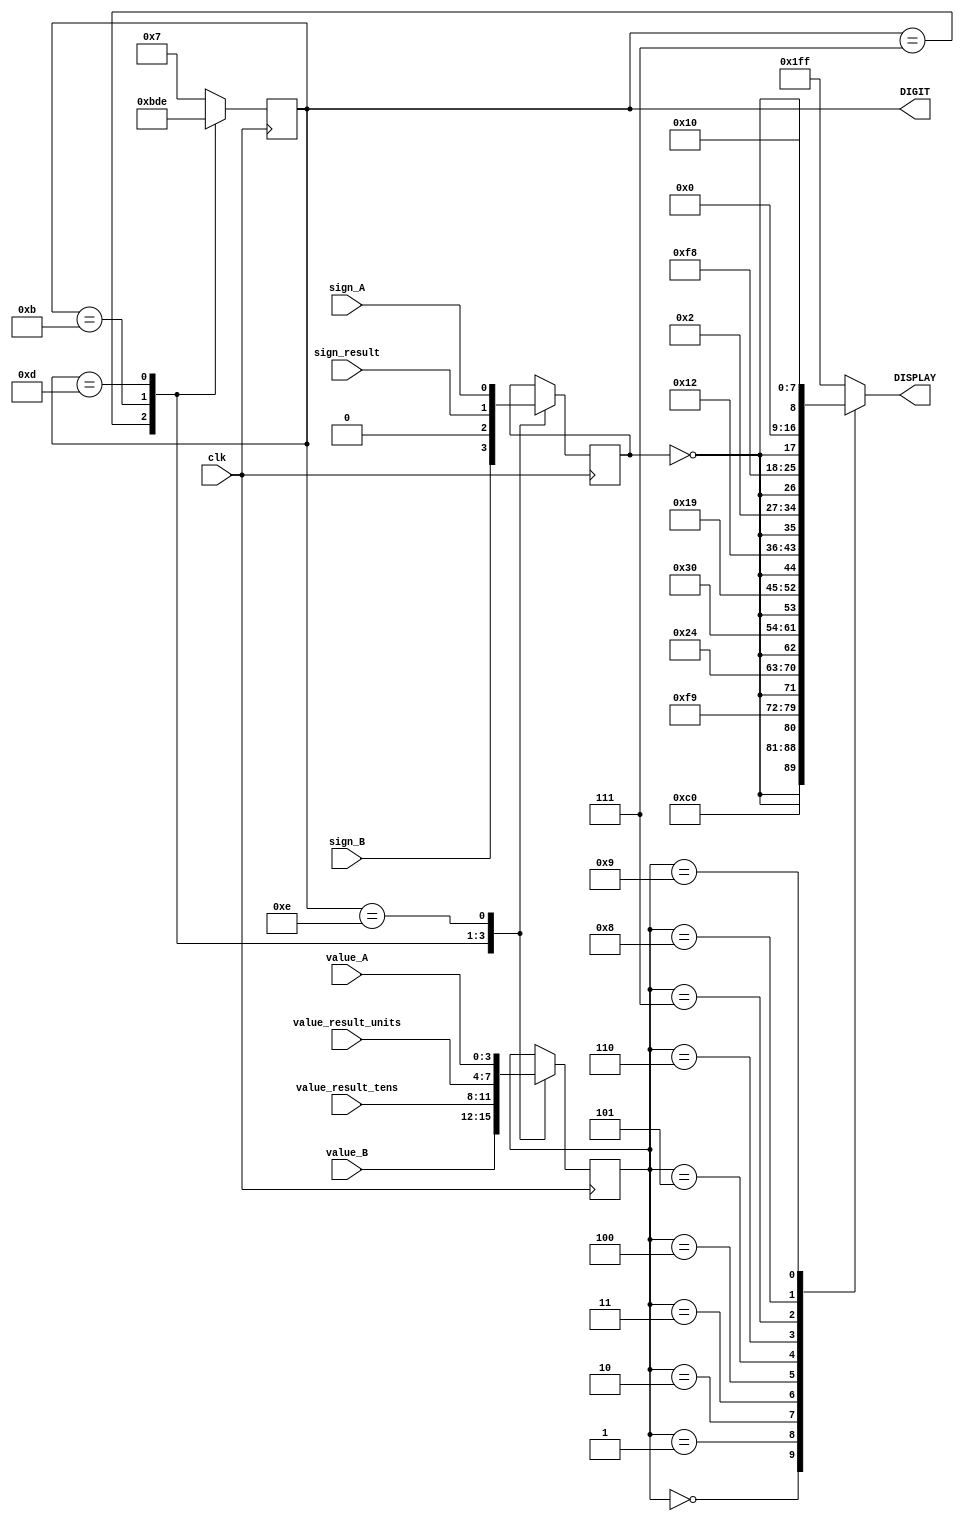
module LED7SEG(DIGIT, DISPLAY, value_A, value_B, value_result_tens, value_result_units, sign_result, sign_A, sign_B, clk);
	input clk;
	input [3:0] value_A;
	input [3:0] value_B;
	input [3:0] value_result_tens;
	input [3:0] value_result_units;
	input sign_result;
	input sign_A;
	input sign_B;
	
	output reg [3:0] DIGIT;
	output reg [8:0] DISPLAY;

	reg [3:0] value;
	reg sign;

	always @ ( posedge clk ) begin	
		case(DIGIT) 
			4'b0111: begin
				value = value_B;
				sign = sign_B;
				DIGIT <= 4'b1011;
			end
			4'b1011: begin
				value = value_result_tens;
				sign = 0;
				DIGIT <= 4'b1101;
			end
			4'b1101: begin
				value = value_result_units;
				sign = sign_result;
				DIGIT <= 4'b1110;
			end
			4'b1110: begin
				value = value_A;
				sign = sign_A;
				DIGIT <= 4'b0111;
			end
			default begin
				DIGIT <= 4'b0111;
			end
		endcase	
	end

	
	always @(*)begin 
		case (value) 
			4'h0: DISPLAY = { ~sign , 8'b11000000 };
			4'h1: DISPLAY = { ~sign , 8'b11111001 };
			4'h2: DISPLAY = { ~sign , 8'b00100100 };
			4'h3: DISPLAY = { ~sign , 8'b00110000 };
			4'h4: DISPLAY = { ~sign , 8'b00011001 };
			4'h5: DISPLAY = { ~sign , 8'b00010010 };
			4'h6: DISPLAY = { ~sign , 8'b00000010 };
			4'h7: DISPLAY = { ~sign , 8'b11111000 };
			4'h8: DISPLAY = { ~sign , 8'b00000000 };
			4'h9: DISPLAY = { ~sign , 8'b00010000 };
			default:begin
				DISPLAY = 9'b111111111;
			end
		endcase 
	end

endmodule